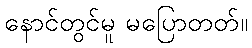
နောင်တွင်မူ မပြောတတ်။